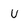
Character: U